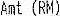
AMT (RM)